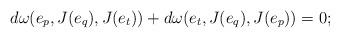
LaTeX: \begin{align*}d\omega(e_p,J(e_q),J(e_t))+d\omega(e_t,J(e_q),J(e_p))=0;\end{align*}